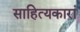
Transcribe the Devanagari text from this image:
साहित्यकारां